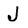
Character: J